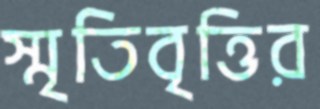
স্মৃতিবৃত্তির